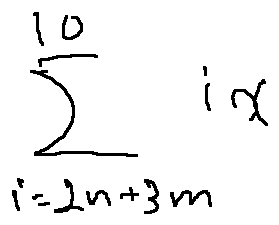
\sum \limits _ { i = 2 n + 3 m } ^ { 1 0 } i x